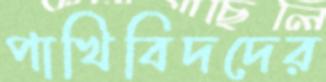
পাখিবিদদের